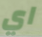
اي